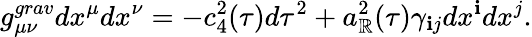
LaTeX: g_{\mu\nu}^{grav}dx^{\mu}dx^{\nu}=-c_{4}^{2}(\tau)d\tau^{2}+a_{\mathbb{R}}^{2}(\tau)\gamma_{\mathbf{i}j}dx^{\mathbf{i}}dx^{j}.